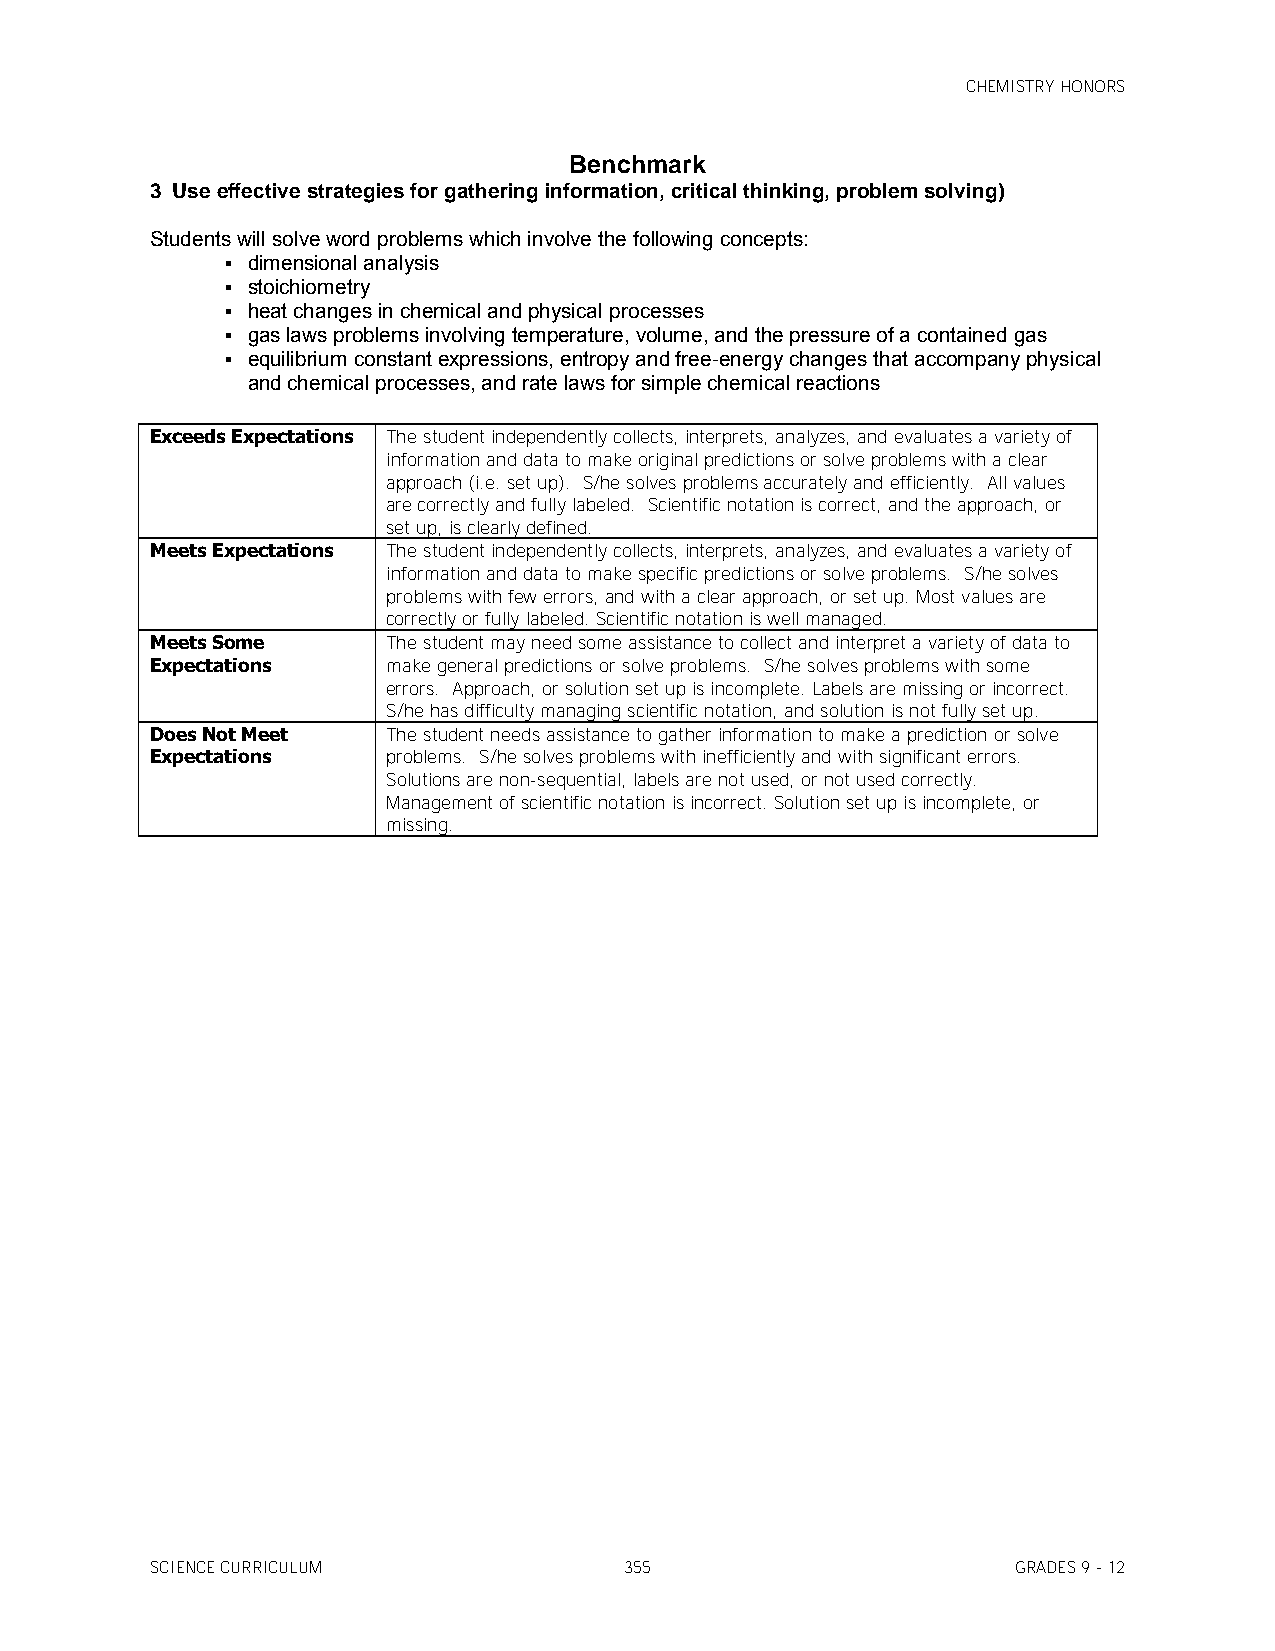
CHEMISTRY HONORS
 Benchmark
 3 Use effective strategies for gathering information, critical thinking, problem solving)
 Students will solve word problems which involve the following concepts:
  dimensional analysis
  stoichiometry
  heat changes in chemical and physical processes
  gas laws problems involving temperature, volume, and the pressure of a contained gas
  equilibrium constant expressions, entropy and free-energy changes that accompany physical
 and chemical processes, and rate laws for simple chemical reactions
 Exceeds Expectations The student independently collects, interprets, analyzes, and evaluates a variety of
 information and data to make original predictions or solve problems with a clear
 approach (i.e. set up). S/he solves problems accurately and efficiently. All values
 are correctly and fully labeled. Scientific notation is correct, and the approach, or
 set up, is clearly defined.
 Meets Expectations The student independently collects, interprets, analyzes, and evaluates a variety of
 information and data to make specific predictions or solve problems. S/he solves
 problems with few errors, and with a clear approach, or set up. Most values are
 correctly or fully labeled. Scientific notation is well managed.
 Meets Some      The student may need some assistance to collect and interpret a variety of data to
 Expectations    make general predictions or solve problems. S/he solves problems with some
 errors. Approach, or solution set up is incomplete. Labels are missing or incorrect.
 S/he has difficulty managing scientific notation, and solution is not fully set up.
 Does Not Meet   The student needs assistance to gather information to make a prediction or solve
 Expectations    problems. S/he solves problems with inefficiently and with significant errors.
 Solutions are non-sequential, labels are not used, or not used correctly.
 Management of scientific notation is incorrect. Solution set up is incomplete, or
 missing.
 SCIENCE CURRICULUM             355                       GRADES 9 - 12